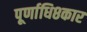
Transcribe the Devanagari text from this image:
पूर्णाधि८कार